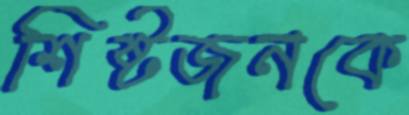
শিষ্টজনকে